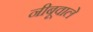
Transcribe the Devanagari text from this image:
नीबूवाले